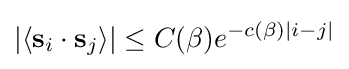
|\langle \mathbf {s} _{i}\cdot \mathbf {s} _{j}\rangle |\leq C(\beta )e^{-c(\beta )|i-j|}